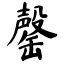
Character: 罄